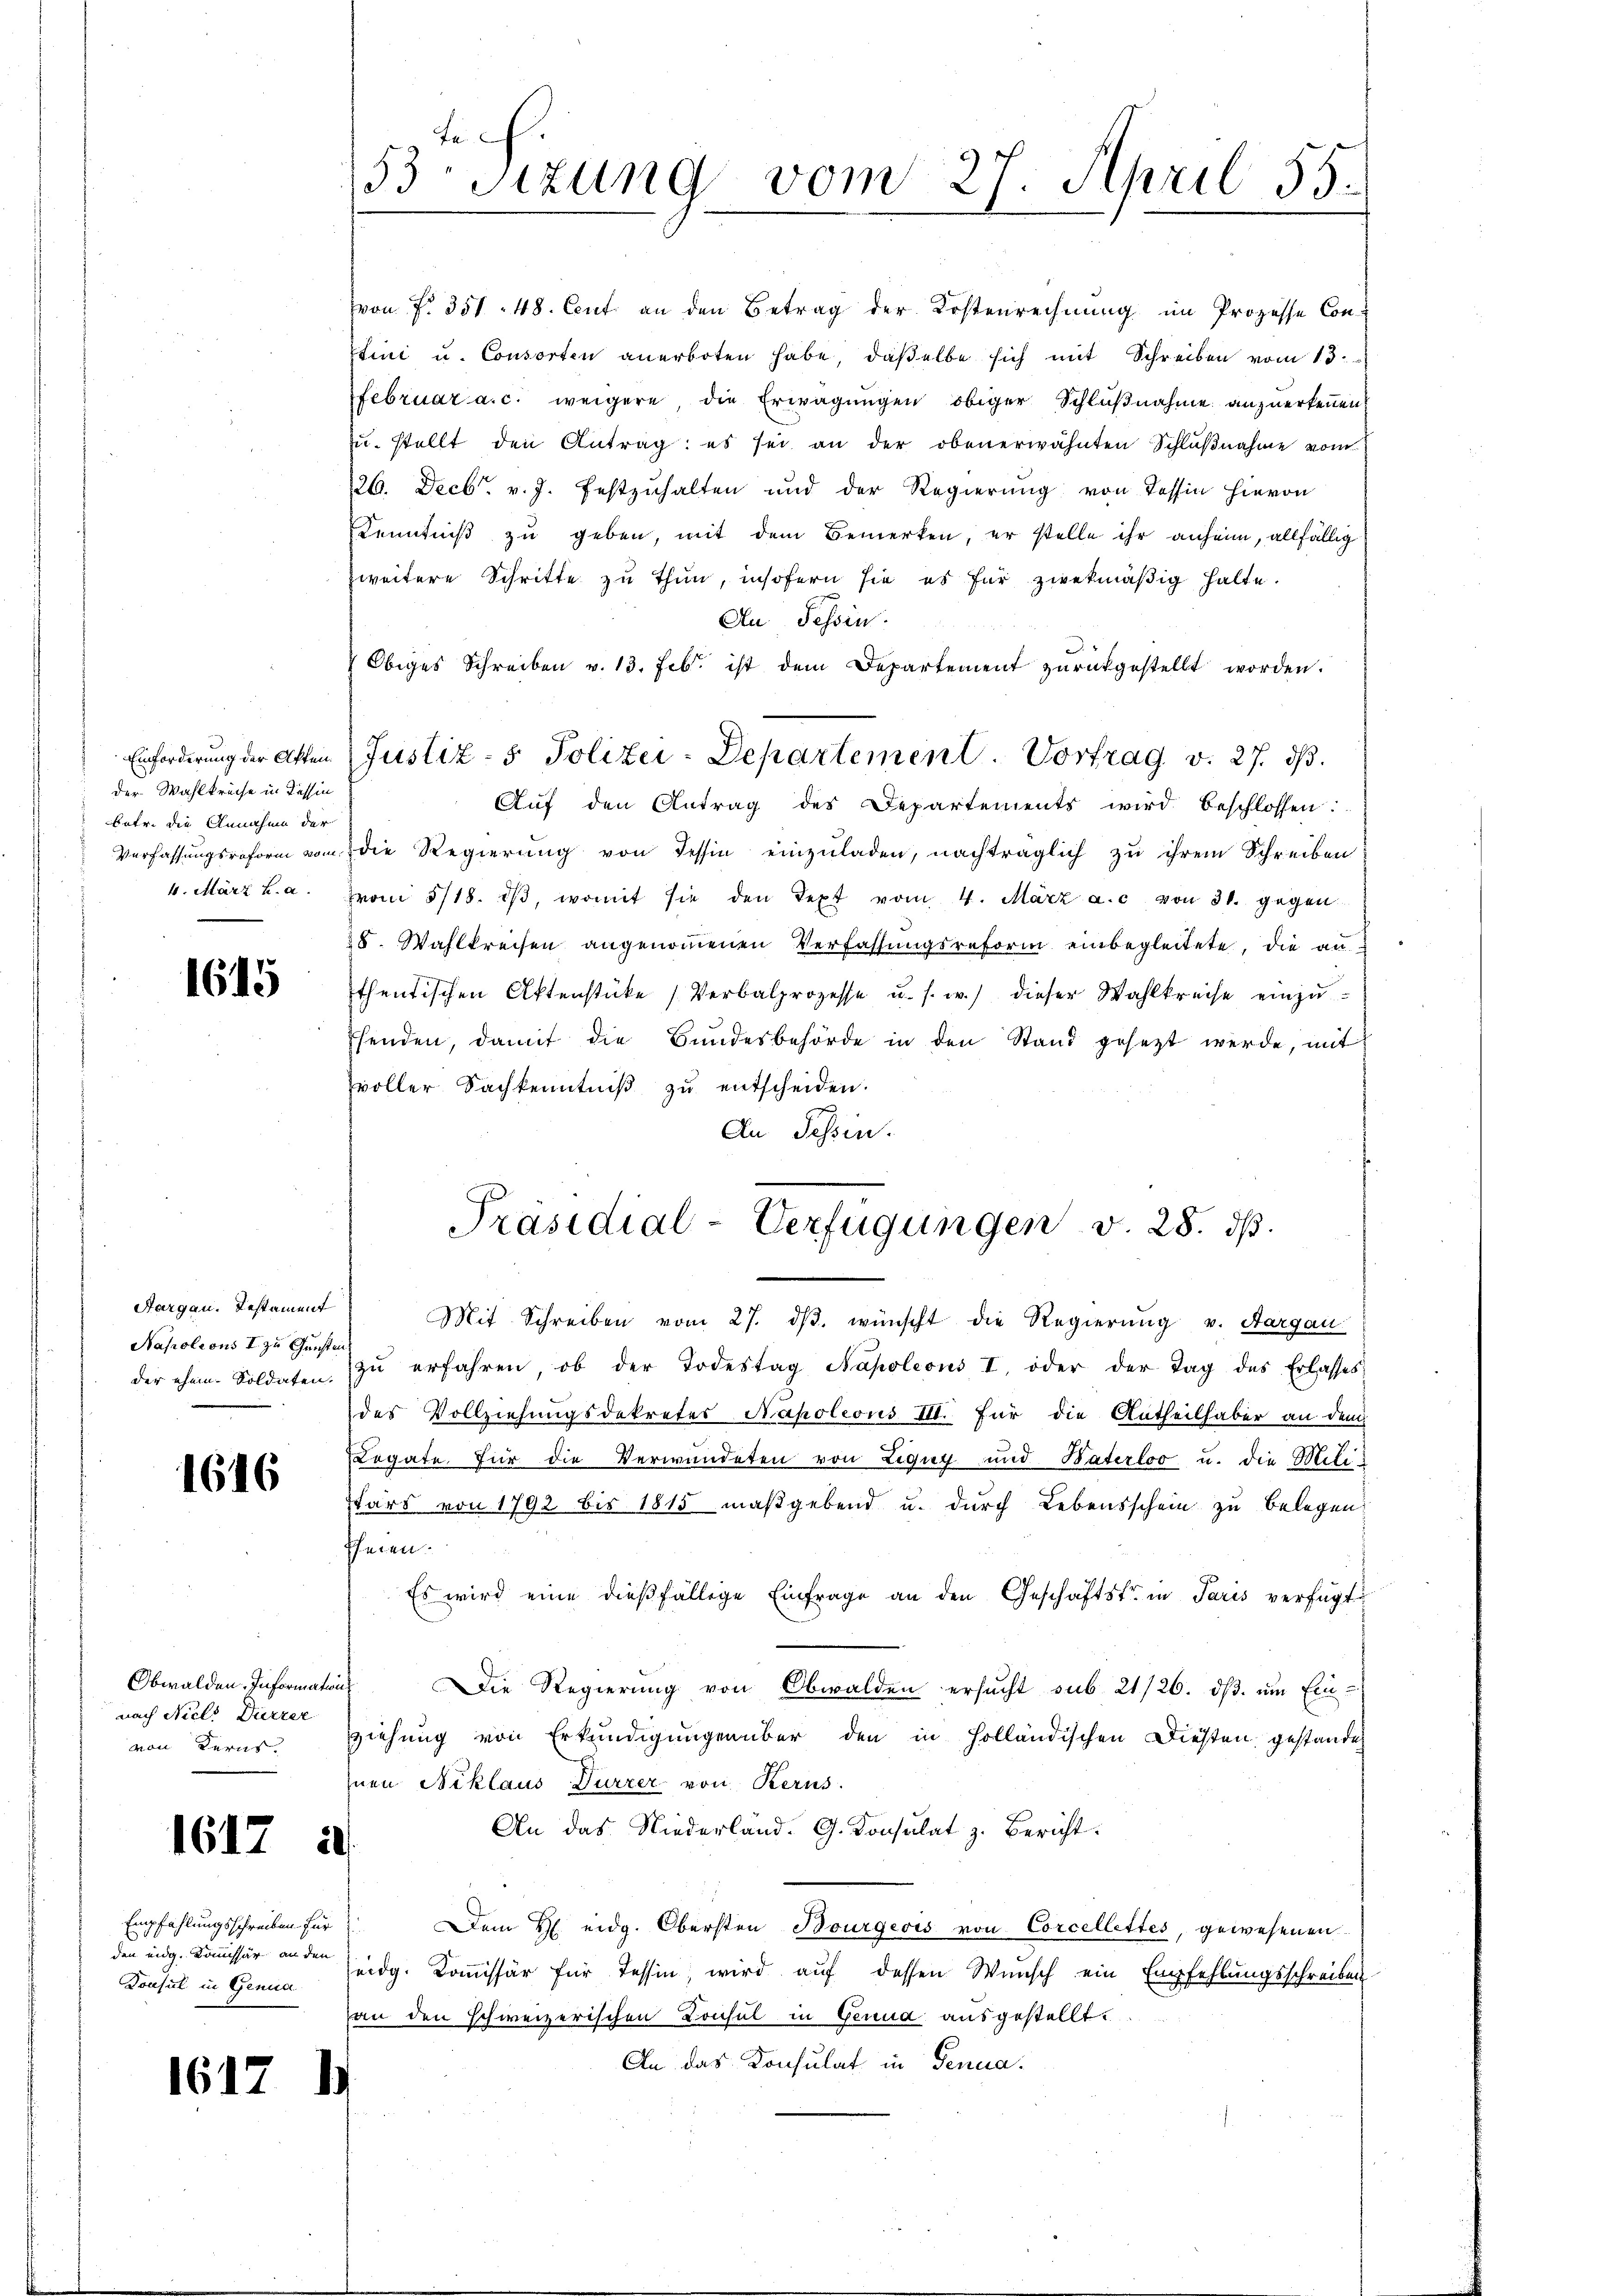
der Wahlkreise in Tessin
betr. die Annahme der
Verfassungsreform vom
4. März h. a.

1615

Aargau, Testament
Napoleons I zu Griste
der ehem. Soldaten.

1616

Obwalden. Information
nach Nicl. Dürrer
von Kerns.

1617

1612

2.

Empfahlungsschreiben für
den eidg. Komissär an den
Konsul in Genua

fe
53 sizung vom 27. April 55.

von f. 351. 48. Cent an den Betrag der Kostenrechnung im Prozesse Conxtini u. Consorten anerboten habe, daßelbe sich mit Schreiben vom 15.
Februar a. c. weigere die Erwägungen obiger Schlußnahme anzuerkennen,
zŭ. stellt den Antrag: es sei an der obenerwähnten Schlŭβnahme vom
26. Decbr. v. J. festzuhalten und der Regierung von Tessin hievon
Kenntniß zu geben, mit dem Bemerken, er stelle ihr anheim, allfällig
zweitere Schritte zu thun, insofern sie es für zwekmäßig halte.
An Tessin.
 Obiges Schreiben v. 13. Feb. ist dem Departement zŭrückgestellt worden.
Einforderung der Akten Justiz- & Polizei-Departement. Vortrag v. 27. ds.
Aŭf den Antrag des Departements wird beschlossen:
die Regierung von Tessin einzuladen, nachträglich zu ihrem Schreiben
vvon 5/18. dβ, womit sie den Text vom 4. März a. c. von 31. gegen
28. Wahlkreisen angenommenen Verfassungsreform einbegleitete, die au
thentischen Aktenstücke Verbalprozesse u. s. w.) dieser Wahlkreise einzuffenden, damit die Bundesbehörde in den Stand gesetzt werde, mit
svoller Sachkenntniß zu entscheiden.
An Tessin.
Präsidial-Verfügungen v. 28. ds.
Mit Schreiben vom 27. dβ. wünscht die Regierung v. Aargau
zŭ erfahren, ob der Todestag Napoleons I, oder der Tag des Erlasses
des Vollziehungsdekretes Napoleons III. für die Antheilhaber an dem
Legate. Für die Verwundeten von Ligug und Baterloo u. die Militärs von 1792 bis 1815 maßgebend u. durch Lebensschein zu belegen
Eheren.
Es wird eine dießfällige Einfrage an den Geschäftst in Paris verfügt
i
Die Regierung von Obwalden ersŭcht sub 21/26. dβ ŭm Einziehung von Erkundigungenüber den in Holländischen Diesen gestande
Inen Niklaus Dürzer von Kerus.
An das Niederland. G. Konsulat z. Bericht
Dem H. eidg. Obersten Bourgeois von Corcellettes, gewesenen
eidg. Kommissär für Tessin, wird auf dessen Wunsch ein Empfehlungsschreiben
an den schweizerischen Consul in Genua ausgestellt:
An das Konsulat in Genua,